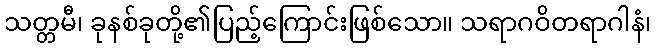
သတ္တမီ၊ ခုနစ်ခုတို့၏ပြည့်ကြောင်းဖြစ်သော။ သရာဂဝိတရာဂါနံ၊